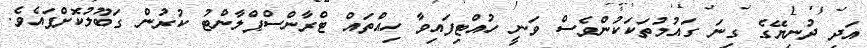
އަދި ދުނިޔޭގެ ގިނަ ގައުމުތަކަކުންވެސް ވަނީ ހުއްޓިފައިވާ ހިއްތައް ޓްރާންސްޕްލާންޓު ކުރުން ގަބޫލުކޮށްފައެވެ.